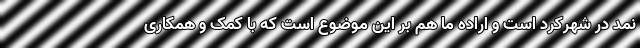
نمد در شهرکرد است و اراده ما هم بر این موضوع است که با کمک و همکاری